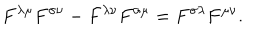
F ^ { \lambda \mu } F ^ { \sigma \nu } - F ^ { \lambda \nu } F ^ { \sigma \mu } = F ^ { \sigma \lambda } F ^ { \mu \nu } .